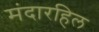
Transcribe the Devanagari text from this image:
मंदारहिल